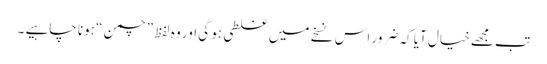
تب مجھے خیال آیا کہ ضرور اس نسخے میں غلطی ہو گی اور وہ لفظ ”چمن “ ہونا چاہیے ۔